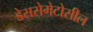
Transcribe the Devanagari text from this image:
डेससेमेटोसील